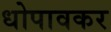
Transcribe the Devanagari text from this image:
धोपावकर